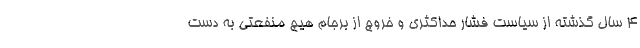
4 سال گذشته از سیاست فشار حداکثری و خروج از برجام هیچ منفعتی به دست